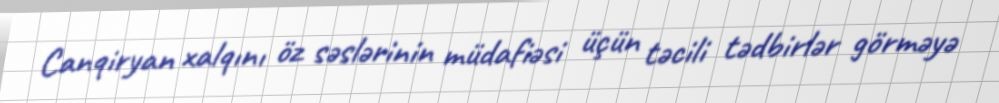
Canqiryan xalqını öz səslərinin müdafiəsi üçün təcili tədbirlər görməyə